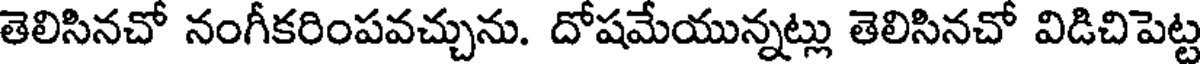
తెలిసినచో నంగీకరింపవచ్చును. దోషమేయున్నట్లు తెలిసినచో విడిచిపెట్ట